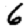
Digit: 6